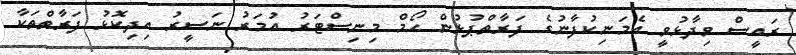
ރައީސް ވިދާޅުވީ އެމަނިކުފާނުގެ ފަރާތްޕުޅުން ހޯމް މިނިސްޓަރު އުމަރު ނަސީރު އިދިކޮޅު ފަރާތްތަކާ